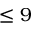
\leq 9